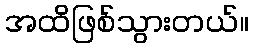
အထိဖြစ်သွားတယ်။